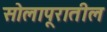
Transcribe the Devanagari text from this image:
सोलापूरातील